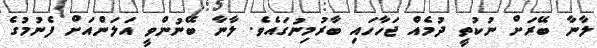
ލާނާ ބޭރަށް ނުކުތީ ދުމެއް ޖަހާހައި ބާރުމިނުގައެވެ. ލާނާ ބޭނުންވީ އަލަންއަށް ފެނުމުގެ